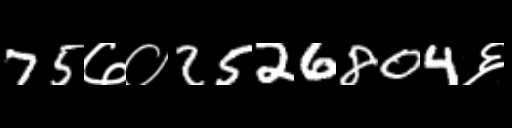
Text: 75७०2526804६